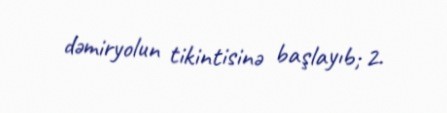
dəmiryolun tikintisinə başlayıb; 2.